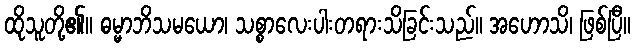
ထိုသူတို့၏။ ဓမ္မာဘိသမယော၊ သစ္စာလေးပါးတရားသိခြင်းသည်။ အဟောသိ၊ ဖြစ်ပြီ။